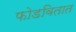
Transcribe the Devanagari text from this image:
फोडवितात